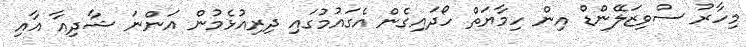
މިހާރު ސްވިޒަލޭންޑް އިން ހިމާޔަތް ހޯދައިގެން އެގައުމުގައި ދިރިއުޅެމުން އަންނަ ޝާދިއާ އާއި